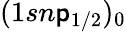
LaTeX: (1sn\mathsf{p}_{1/2})_{0}